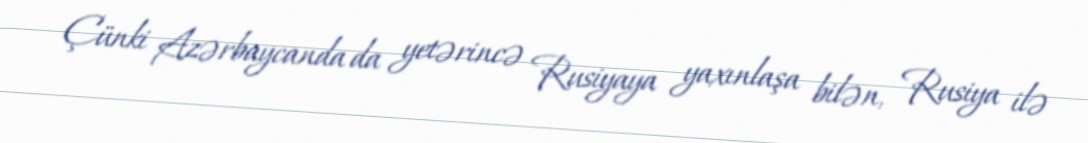
Çünki Azərbaycanda da yetərincə Rusiyaya yaxınlaşa bilən, Rusiya ilə